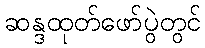
ဆန္ဒထုတ်ဖော်ပွဲတွင်